38_143685_box_Incident_Summaries_101-172
Agency: Department of War
Page 4
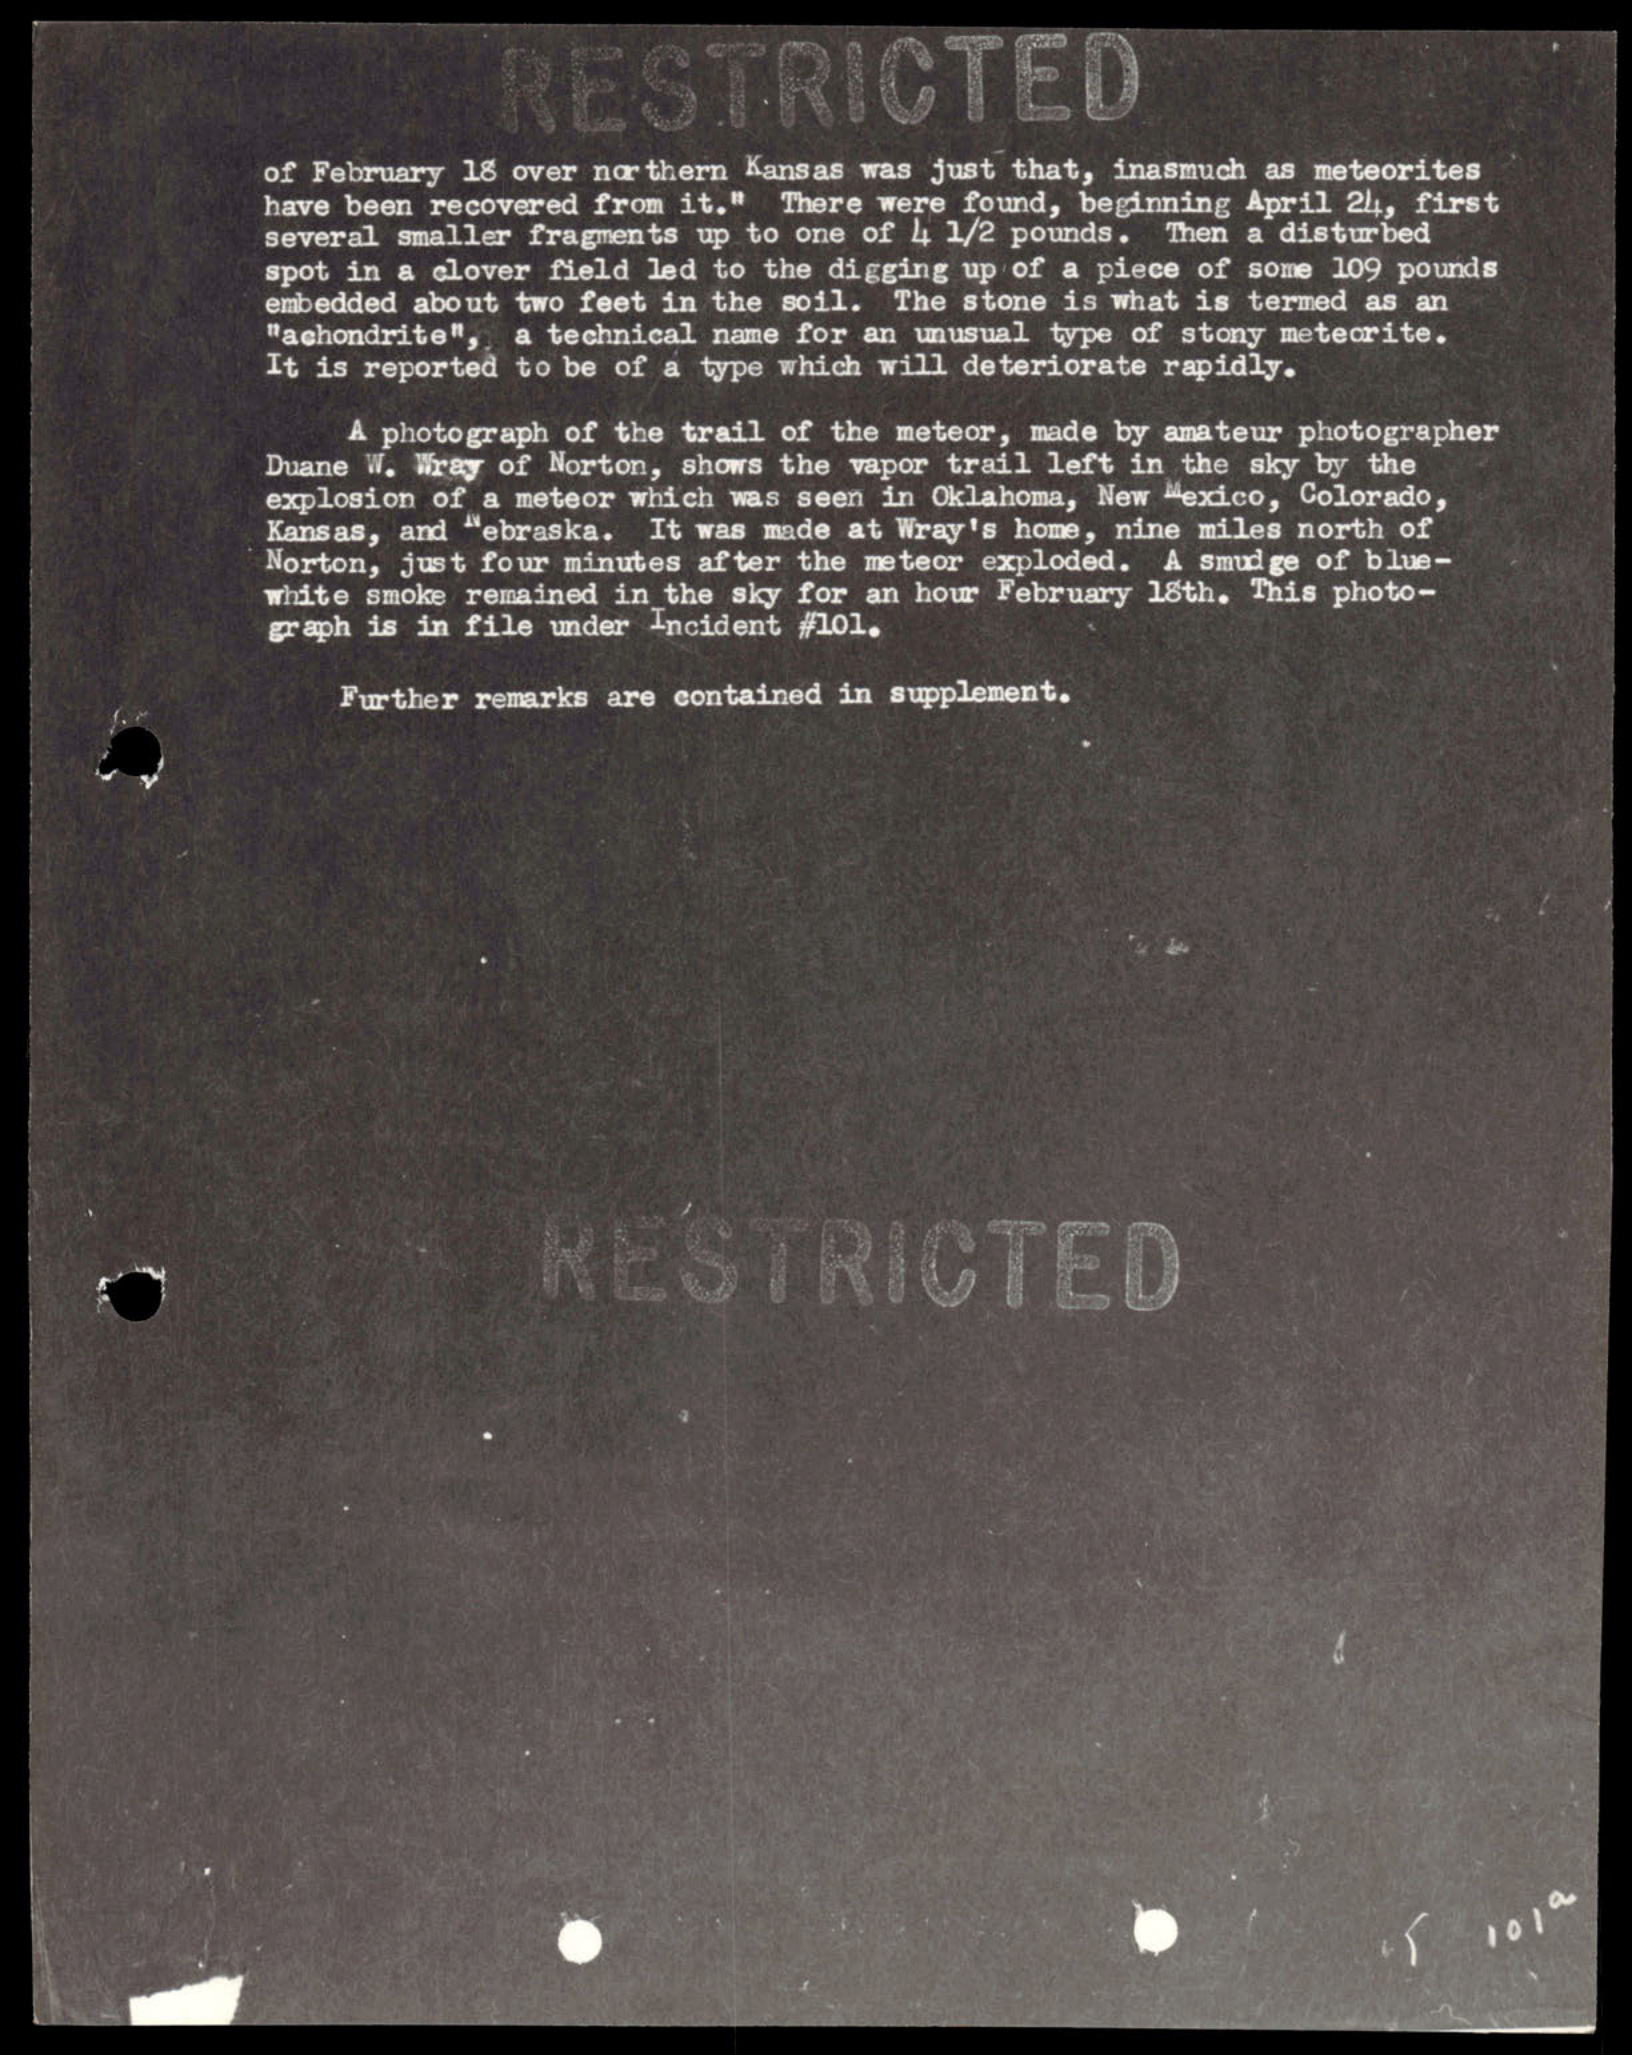